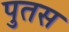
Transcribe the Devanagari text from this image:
पुतस